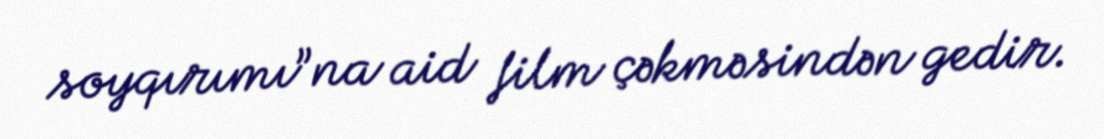
soyqırımı”na aid film çəkməsindən gedir.